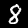
Label: 8